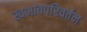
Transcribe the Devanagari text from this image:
स्वभावपरिवर्तन